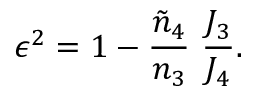
\epsilon ^ { 2 } = 1 - { \frac { \tilde { n } _ { 4 } } { n _ { 3 } } } \ { \frac { J _ { 3 } } { J _ { 4 } } } .